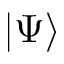
| \Psi \rangle